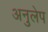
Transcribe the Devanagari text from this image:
अनुलेप